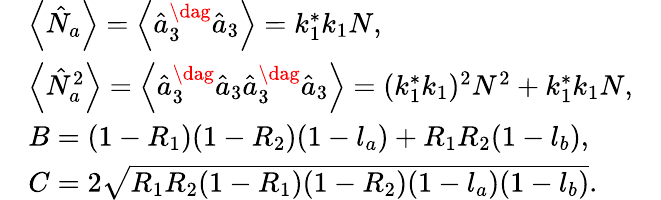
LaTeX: \begin{array}{rlr}&{\left\langle\hat{N}_{a}\right\rangle=\left\langle\hat{a}_{3}^{\dag}\hat{a}_{3}\right\rangle=k_{1}^{\ast}k_{1}N,}&\\ &{\left\langle\hat{N}_{a}^{2}\right\rangle=\left\langle\hat{a}_{3}^{\dag}\hat{a}_{3}\hat{a}_{3}^{\dag}\hat{a}_{3}\right\rangle=(k_{1}^{\ast}k_{1})^{2}N^{2}+k_{1}^{\ast}k_{1}N,}&\\ &{B=(1-R_{1})(1-R_{2})(1-l_{a})+R_{1}R_{2}(1-l_{b}),}&\\ &{C=2\sqrt{R_{1}R_{2}(1-R_{1})(1-R_{2})(1-l_{a})(1-l_{b})}.}&\end{array}